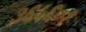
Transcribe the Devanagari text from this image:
३६५६०१